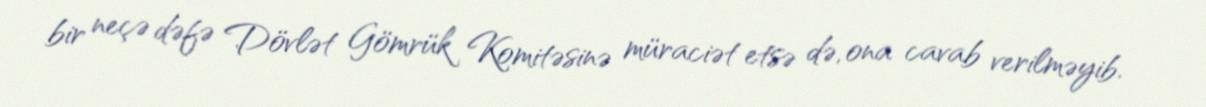
bir neçə dəfə Dövlət Gömrük Komitəsinə müraciət etsə də, ona cavab verilməyib.